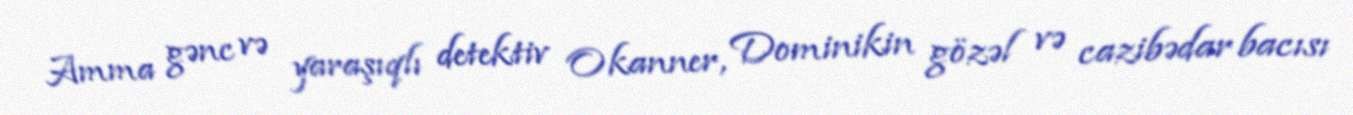
Amma gənc və yaraşıqlı detektiv Okanner, Dominikin gözəl və cazibədar bacısı